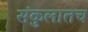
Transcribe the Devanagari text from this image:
संकुलातच